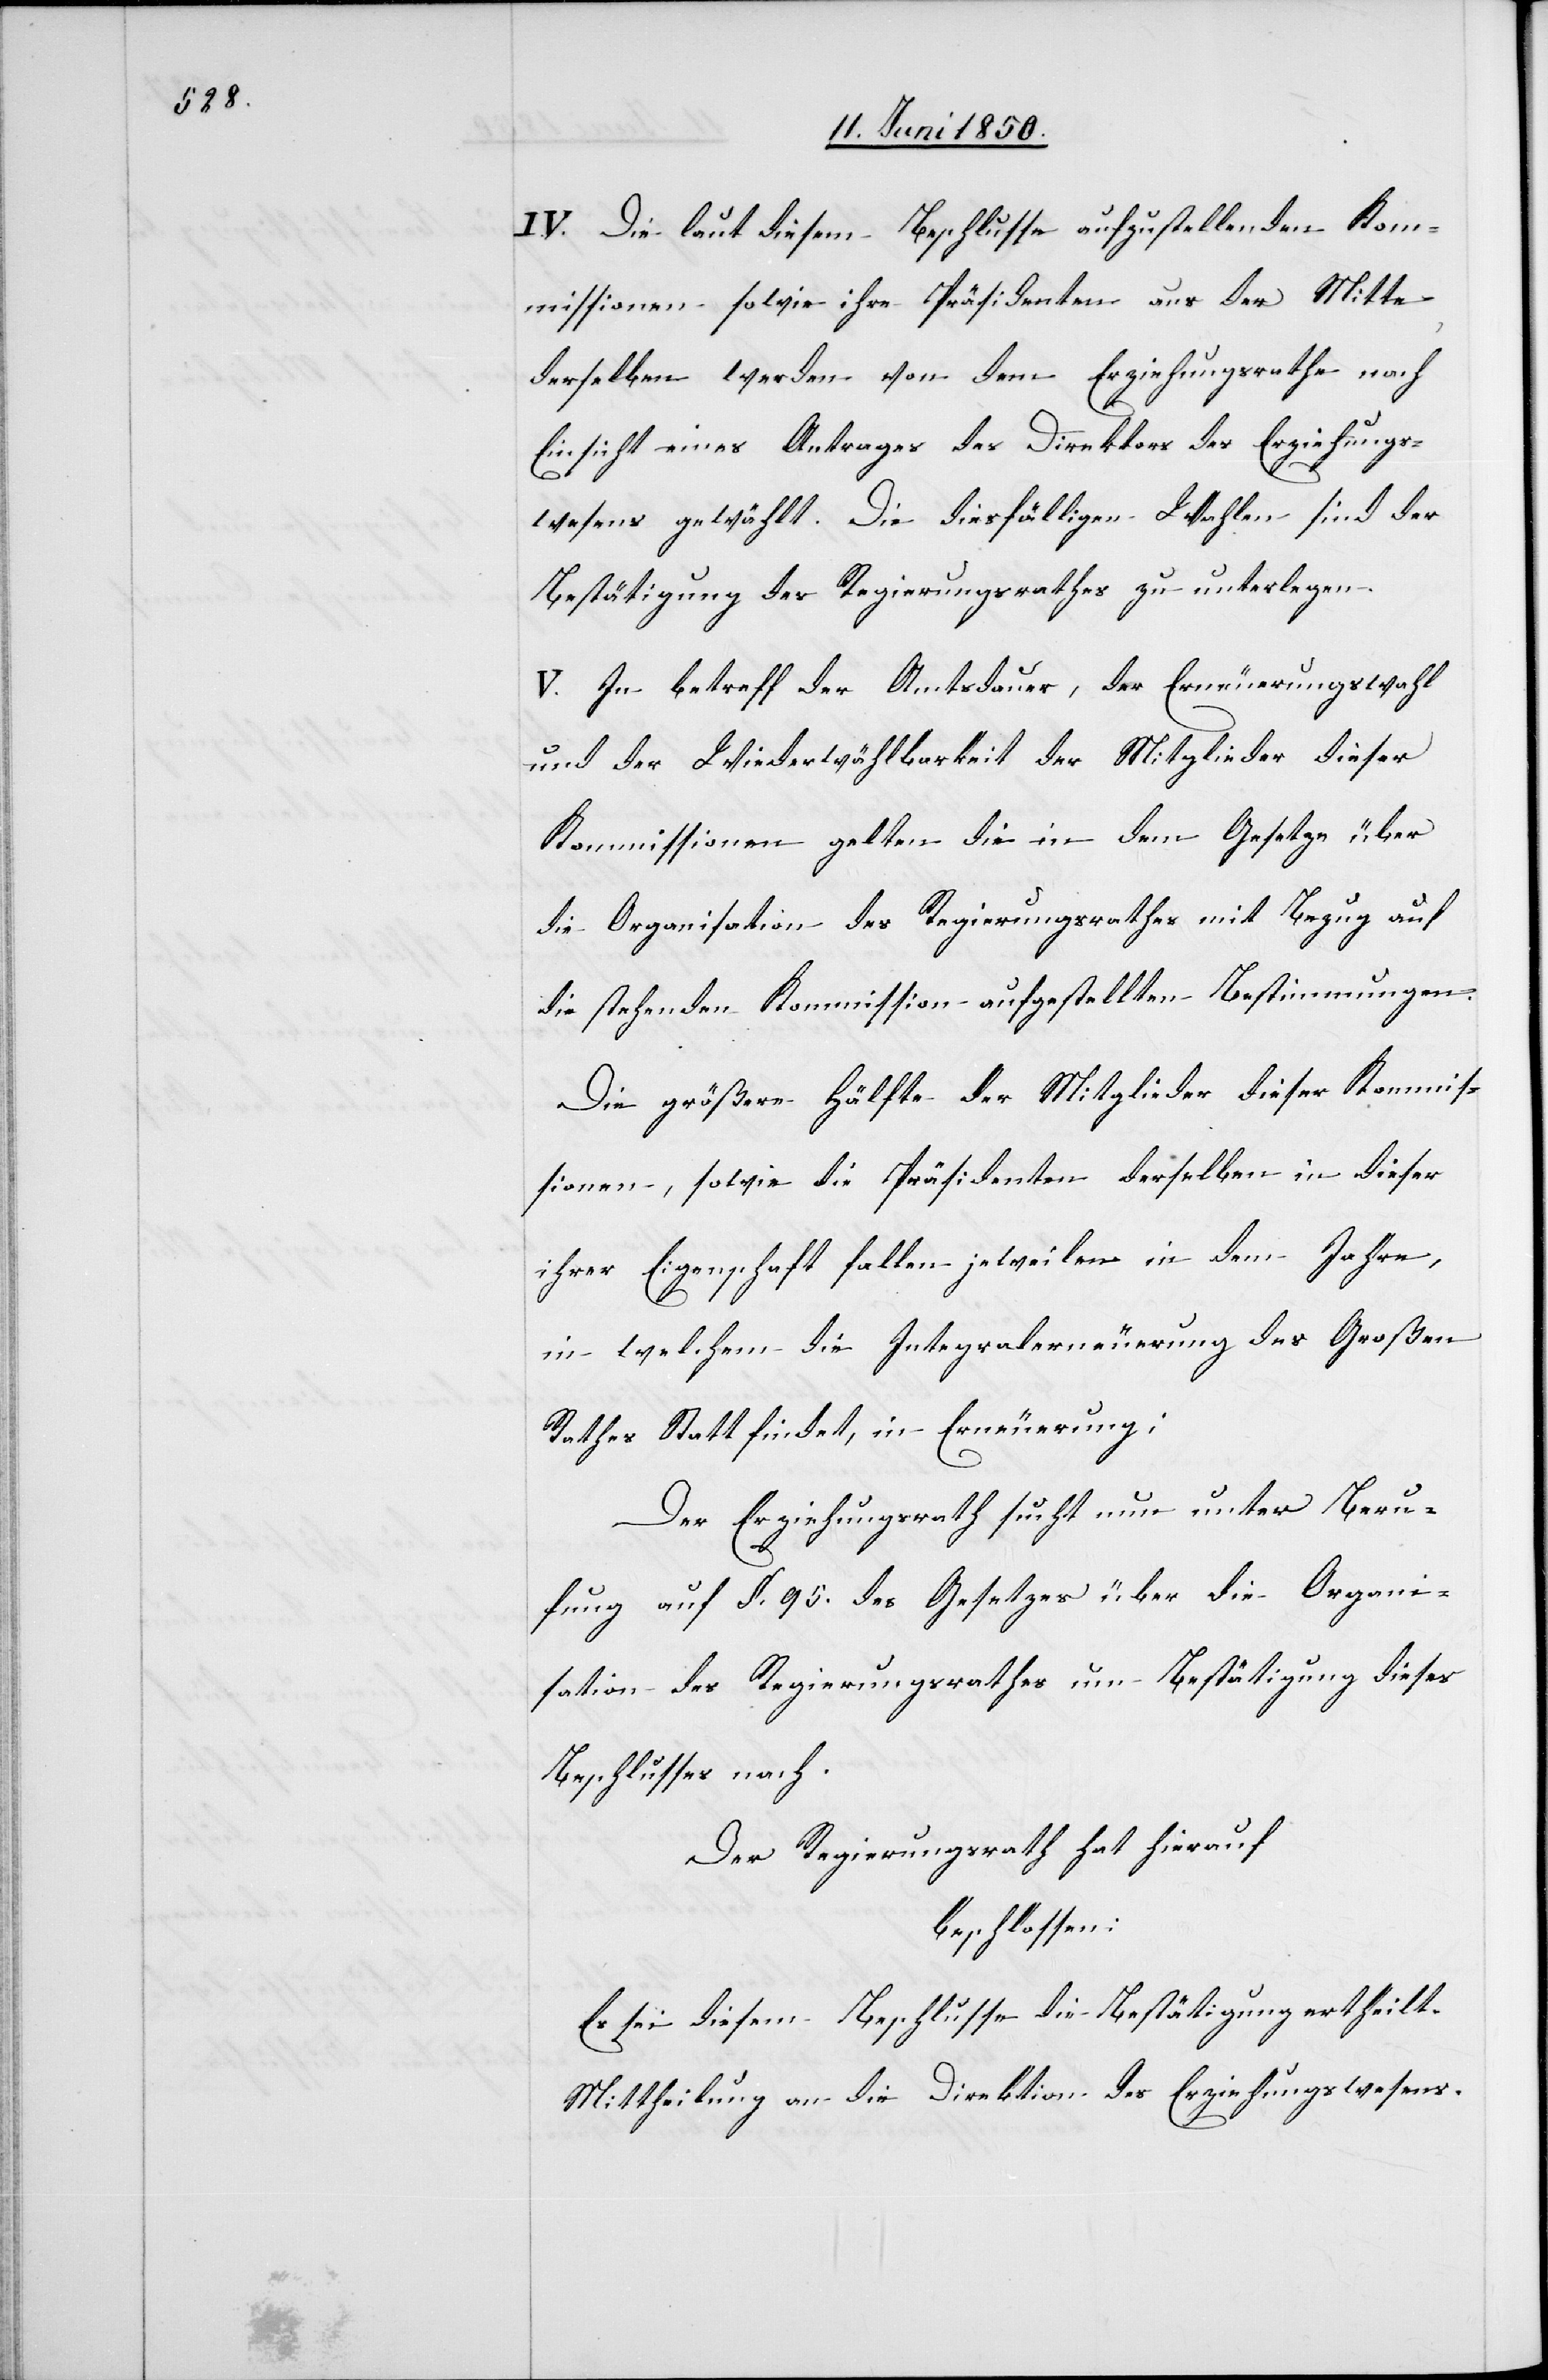
IV. Die laut diesem Beschlusse aufzustellenden Kom¬
missionen sowie ihre Präsidenten aus der Mitte
derselben werden von dem Erziehungsrathe nach
Einsicht eines Antrages des Direktors des Erziehungs¬
wesens gewählt. Die diesfälligen Wahlen sind der
Bestätigung des Regierungsrathes zu unterlegen.
V. In betreff der Amtsdauer, der Erneuerungswahl
und der Wiederwählbarkeit der Mitglieder dieser
Kommissionen gelten die in dem Gesetze über
die Organisation des Regierungsrathes mit Bezug auf
die stehenden Kommission aufgestellten Bestimmungen.
Die größere Hälfte der Mitglieder dieser Kommis¬
sionen, sowie die Präsidenten derselben in dieser
ihrer Eigenschaft fallen jeweilen in dem Jahre,
in welchem die Integralerneuerung des Großen
Rathes Statt findet, in Erneuerung;
Der Erziehungsrath sucht nun unter Beru¬
fung auf §. 95. des Gesetzes über die Organi¬
sation des Regierungsrathes um Bestätigung dieses
Beschlusses nach.
Der Regierungsrath hat hierauf
beschlossen:
Es sei diesem Beschlusse die Bestätigung ertheilt.
Mittheilung an die Direktion des Erziehungswesens.